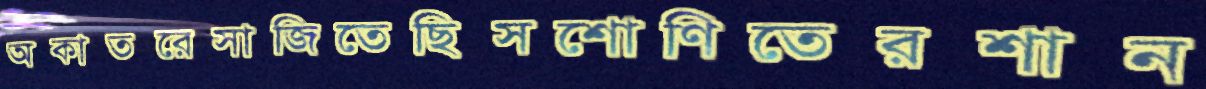
অকাতরেসাজিতেছিসশোণিতেরশান